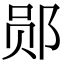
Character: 郧